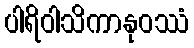
ပါရိဝါသိကာနုဝဿံ